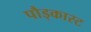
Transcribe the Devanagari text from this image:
पौड्कास्ट